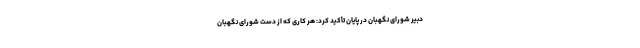
دبیر شورای نگهبان در پایان تأکید کرد: هر کاری که از دست شورای نگهبان